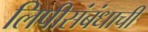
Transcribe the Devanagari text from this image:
लिपीसंबंधाची